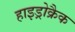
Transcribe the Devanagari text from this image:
हाइड्रोक्रैक